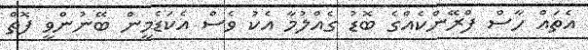
އެތައް ހާސް ފްރޭންކެއްގެ ބޮޑު ގެއްލުމާ އެކު ވެސް އެކަޑެމީން ބޭނުންވީ ފޮތް